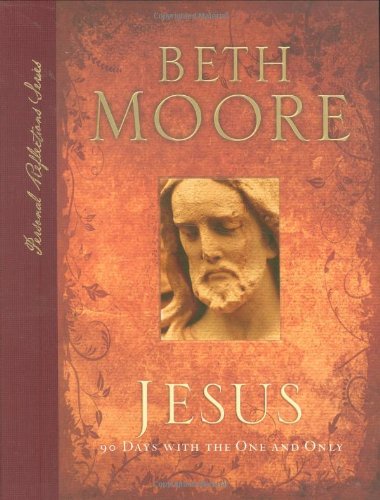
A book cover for Jesus: 90 Days With the One and Only (Personal Reflections); Beth Moore; Christian Books & Bibles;